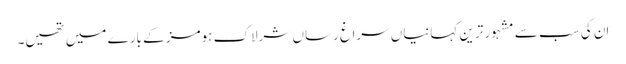
اِن کی سب سے مشہور ترین کہانیاں سراغ رساں شرلاک ہومز کے بارے میں تھیں۔